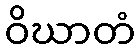
ဝိဃာတံ